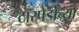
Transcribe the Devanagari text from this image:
टॉरपेडोच्या